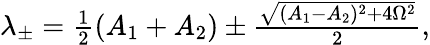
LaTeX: \begin{array}{r}{\lambda_{\pm}=\frac{1}{2}(A_{1}+A_{2})\pm\frac{\sqrt{(A_{1}-A_{2})^{2}+4\Omega^{2}}}{2},}\end{array}